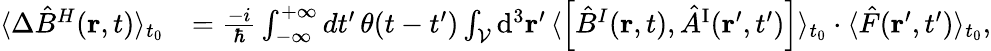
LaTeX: \begin{array}{rl}{\langle\Delta\hat{B}^{H}({\mathbf r},t)\rangle_{t_{0}}}&{=\frac{-i}{\hbar}\int_{-\infty}^{+\infty}dt^{\prime}\, \theta(t-t^{\prime})\int_{\cal V}\mathrm{d}^{3}{\mathbf r}^{\prime}\, \langle\left[\hat{B}^{I}({\mathbf r},t),\hat{A}^{\mathrm{I}}({\mathbf r}^{\prime},t^{\prime})\right]\rangle_{t_{0}}\cdot\langle\hat{F}({\mathbf r}^{\prime},t^{\prime})\rangle_{t_{0}},}\end{array}